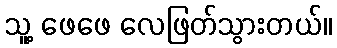
သူ့ ဖေဖေ လေဖြတ်သွားတယ်။